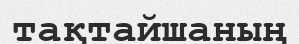
тақтайшаның